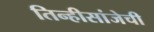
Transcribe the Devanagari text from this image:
तिन्हीसांजेची